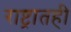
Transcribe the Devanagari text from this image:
राष्ट्रातही